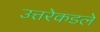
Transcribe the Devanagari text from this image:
उत्तरेकडले